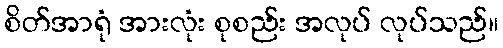
စိတ်အာရုံ အားလုံး စုစည်း အလုပ် လုပ်သည်။